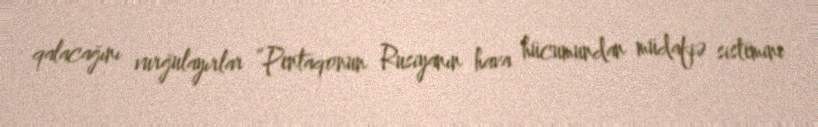
qalacağını vurğulayırlar “Pentaqonun Rusiyanın hava hücumundan müdafiə sistemini